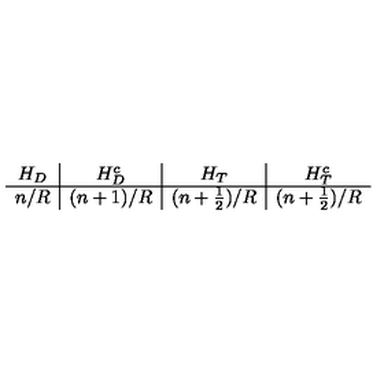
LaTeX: \begin{array} { c | c | c | c } { H _ { D } } & { H _ { D } ^ { c } } & { H _ { T } } & { H _ { T } ^ { c } } \\ \hline { n / R } & { ( n + 1 ) / R } & { ( n + \frac { 1 } { 2 } ) / R } & { ( n + \frac { 1 } { 2 } ) / R } \\ \end{array}